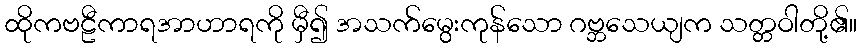
ထိုကဗဠီကာရအာဟာရကို မှီ၍ အသက်မွေးကုန်သော ဂဗ္ဘသေယျက သတ္တဝါတို့၏။